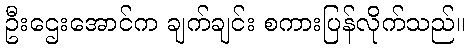
ဦးဌေးအောင်က ချက်ချင်း စကားပြန်လိုက်သည်။